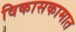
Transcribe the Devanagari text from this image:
विकासकामात